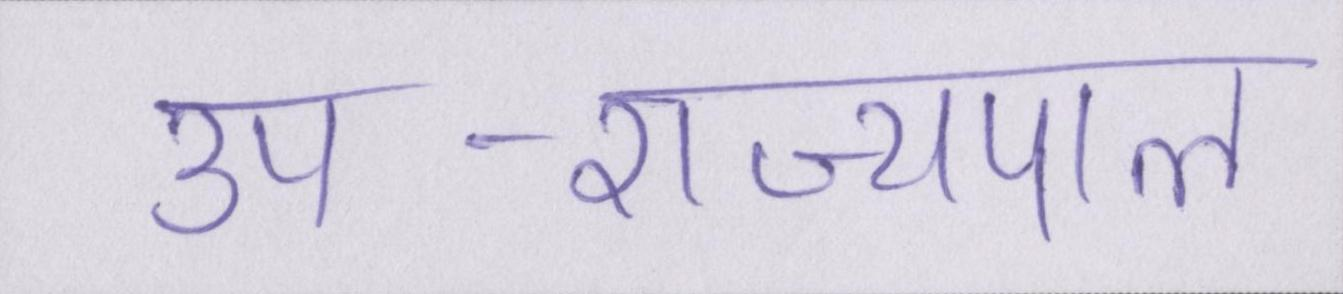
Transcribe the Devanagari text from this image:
उप-राज्यपाल